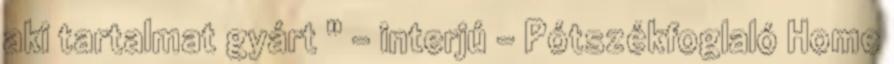
aki tartalmat gyárt " - interjú - Pótszékfoglaló Home